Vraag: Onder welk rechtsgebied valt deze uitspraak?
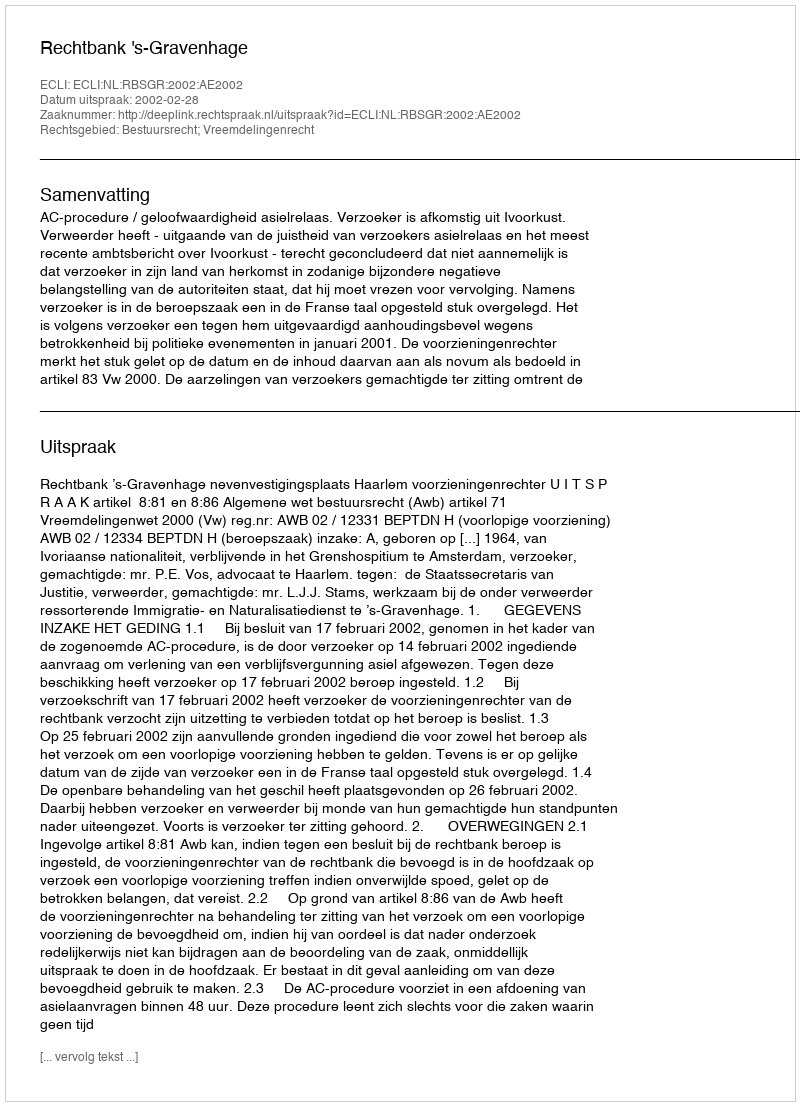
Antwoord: Bestuursrecht; Vreemdelingenrecht